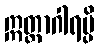
ဣတ္ထာဂါရမ္ပိ